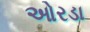
ઓરડા